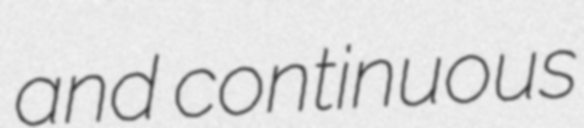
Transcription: and continuous